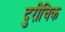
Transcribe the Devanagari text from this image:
दुरीचिक